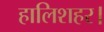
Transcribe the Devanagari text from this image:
हालिशहर।